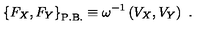
\left\{ { F _ { X } , F _ { Y } } \right\} _ { \mathrm { P . B . } } \equiv \omega ^ { - 1 } \left( { V _ { X } , V _ { Y } } \right) \ .